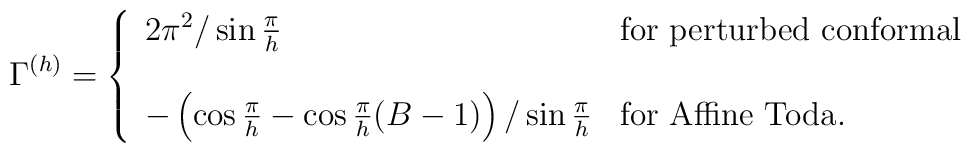
\Gamma^{(h)}=\left\{\begin{array}{lll}2\pi^2/\sin\frac{\pi}{h} &{\rm for} \ {\rm perturbed \ conformal} \\ & & \\-\left(\cos\frac{\pi}{h}-\cos\frac{\pi}{h}(B-1)\right)/\sin\frac{\pi}{h} &{\rm for} \ {\rm Affine \ Toda.}\end{array}\right.